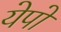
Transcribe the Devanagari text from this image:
येपो